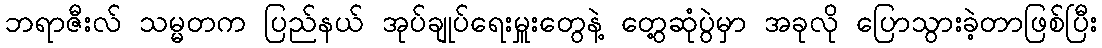
ဘရာဇီးလ် သမ္မတက ပြည်နယ် အုပ်ချုပ်ရေးမှူးတွေနဲ့ တွေ့ဆုံပွဲမှာ အခုလို ပြောသွားခဲ့တာဖြစ်ပြီး